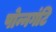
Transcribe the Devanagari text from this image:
पोन्नगंटि